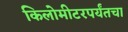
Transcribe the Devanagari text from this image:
किलोमीटरपर्यंतचा